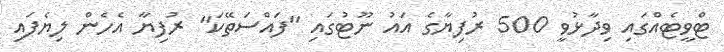
ޓްވީޓެއްގައި ވިދާޅުވީ 500 ރުފިޔާގެ އައު ނޫޓުގައި "ފައްސަތޭކަ" ރުފިޔާ އެހެން ލިޔެފައި